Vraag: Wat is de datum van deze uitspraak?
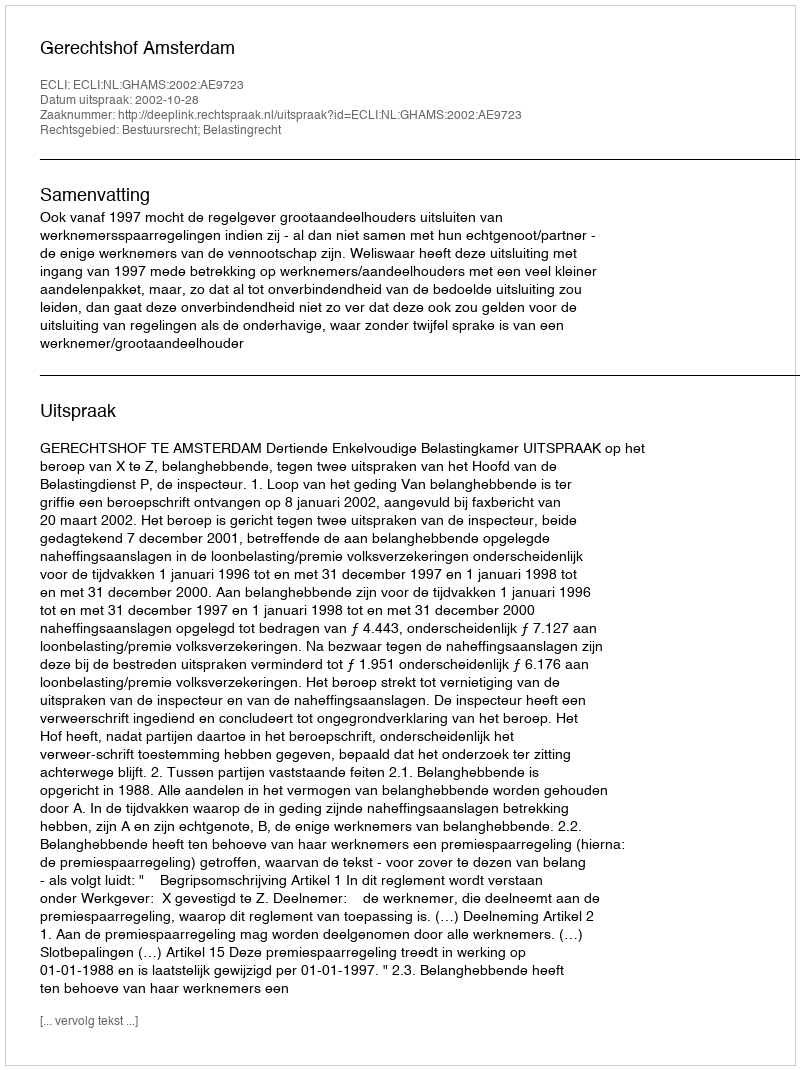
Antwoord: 2002-10-28